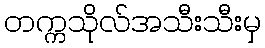
တက္ကသိုလ်အသီးသီးမှ